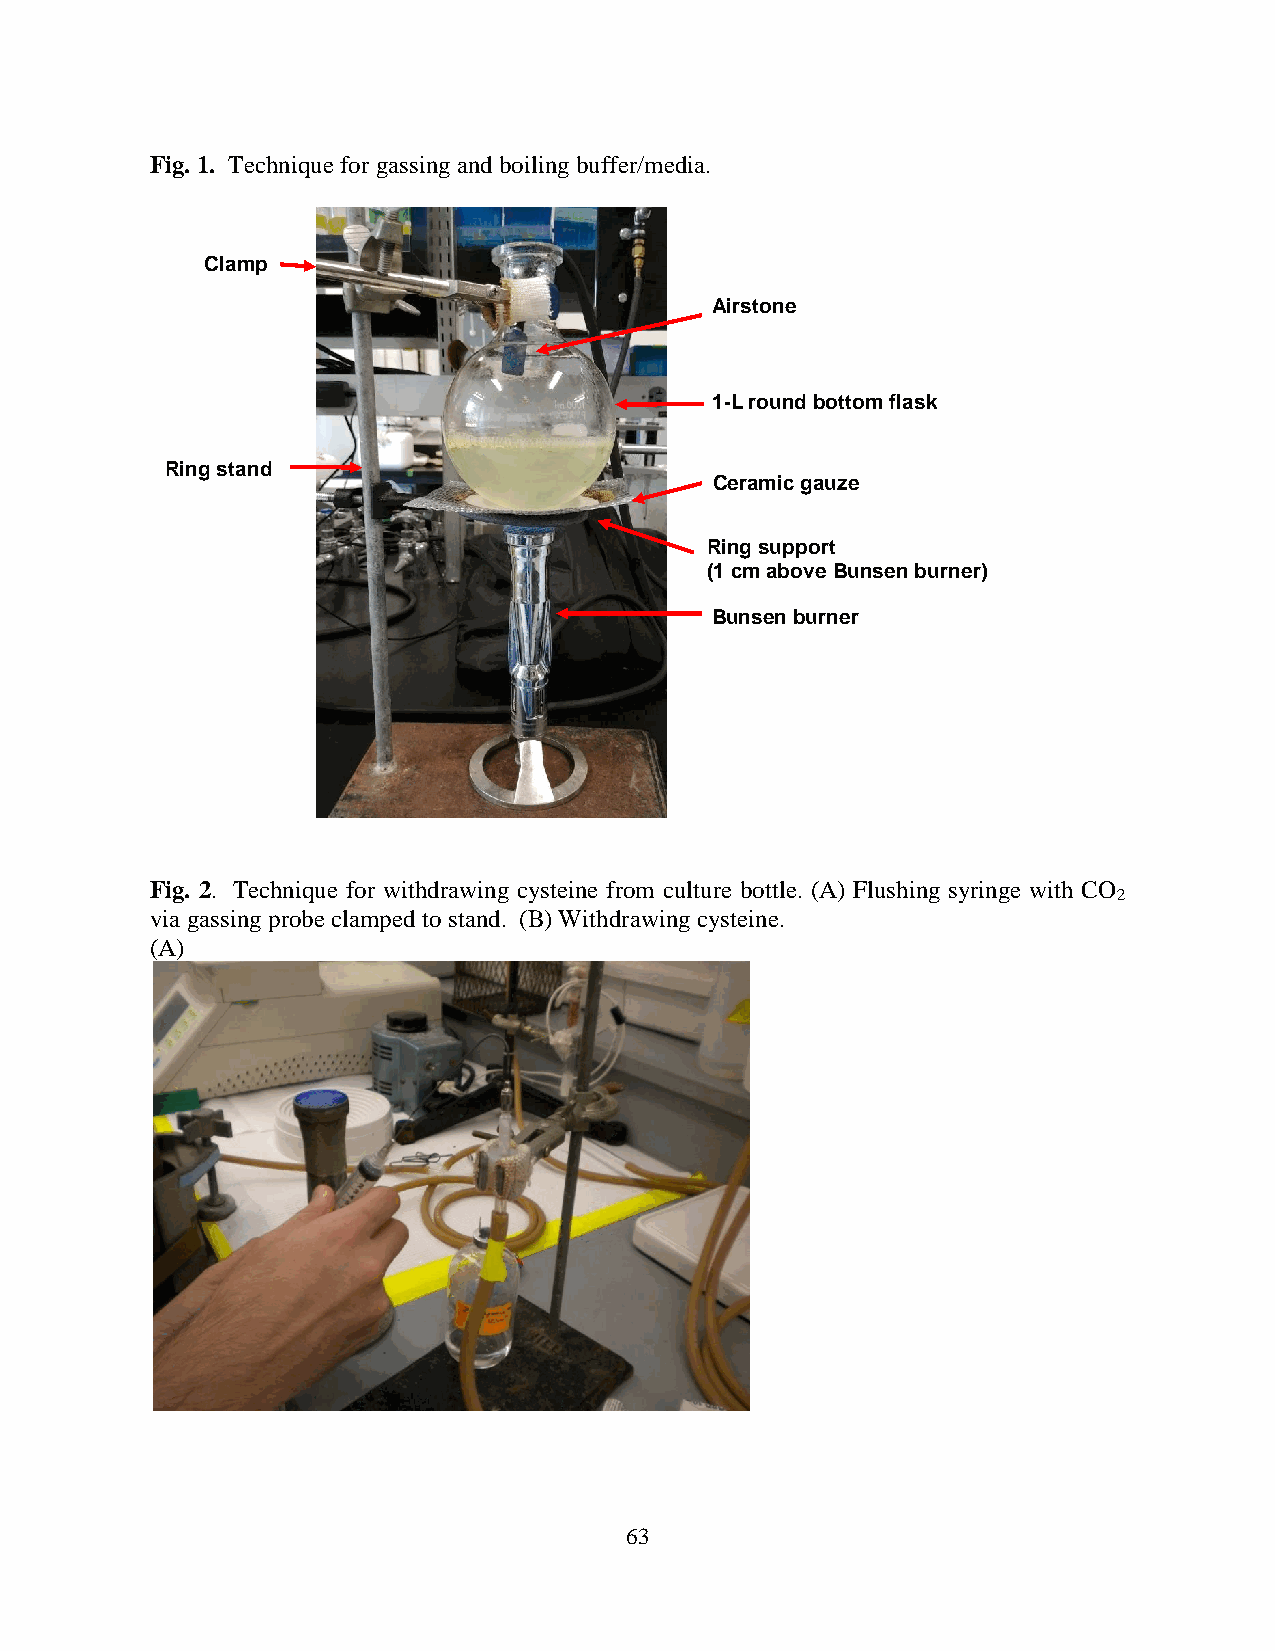
Fig. 1. Technique for gassing and boiling buffer/media.
 Clamp
 Airstone
 1-L round bottom flask
 Ring stand
 Ceramic gauze
 Ring support
 (1 cm above Bunsen burner)
 Bunsen burner
 Fig. 2. Technique for withdrawing cysteine from culture bottle. (A) Flushing syringe with CO
 2
 via gassing probe clamped to stand. (B) Withdrawing cysteine.
 (A)
 63